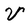
Character: V